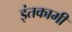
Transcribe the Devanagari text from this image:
इंतकामी